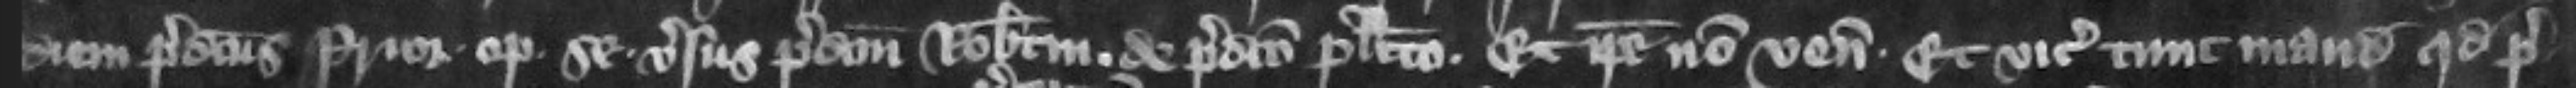
diem predictus prior optulit se versus predictum Robertum de predicto placito. Et ipse non venit. Et vicecomes tunc mandauit quod pre